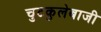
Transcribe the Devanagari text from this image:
चुटकुलेबाजी